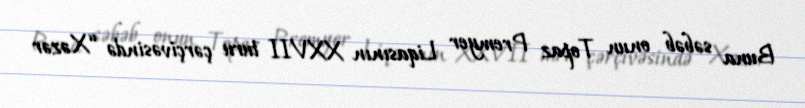
Buna səbəb onun Topaz Premyer Liqasının XXVII turu çərçivəsində “Xəzər